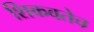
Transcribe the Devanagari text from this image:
शिकवतेच